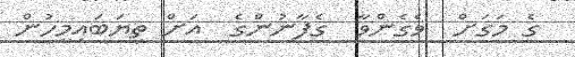
ގެ މަގަށް  ވެގެންވާ  ގެފާނުންގެ  އަށް ތިޔަބައިމީހުން